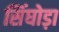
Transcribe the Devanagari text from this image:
सिंघोड़ा